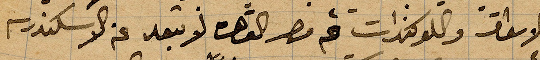
والأسواق واللوكندات ثم مصر القاهرة لا تبعد عن الإسكندرية